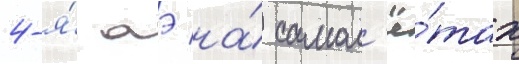
4-я́ аэ на́ самол'ё́тах